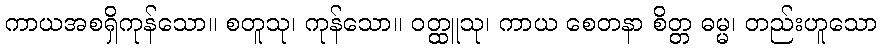
ကာယအစရှိကုန်သော။ စတူသု၊ ကုန်သော။ ဝတ္ထူသု၊ ကာယ စေတနာ စိတ္တ ဓမ္မ၊ တည်းဟူသော